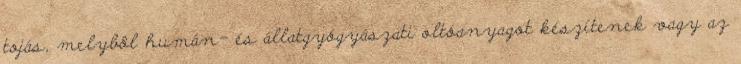
tojás, melybôl humán- és állatgyógyászati oltóanyagot készítenek vagy az